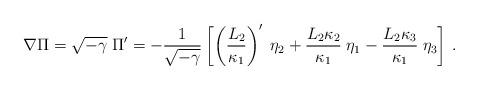
LaTeX: \begin{align*}\nabla \Pi = \sqrt{-\gamma}\; \Pi{}' =- {1 \over \sqrt{-\gamma}}\left[ \left( {L_2 \over \kappa_1} \right)'\; \eta_2 + { L_2 \kappa_2 \over \kappa_1 } \; \eta_1- {L_2 \kappa_3 \over \kappa_1 }\; \eta_3 \right]\,.\end{align*}